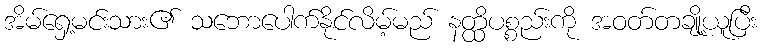
အိမ်ရှေ့မင်းသား၏ သဘောပေါက်နိုင်လိမ့်မည် နတ္ထိပစ္စည်းကို အဝတ်တချို့ယူပြီး